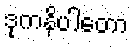
ဒုကနိပါတော